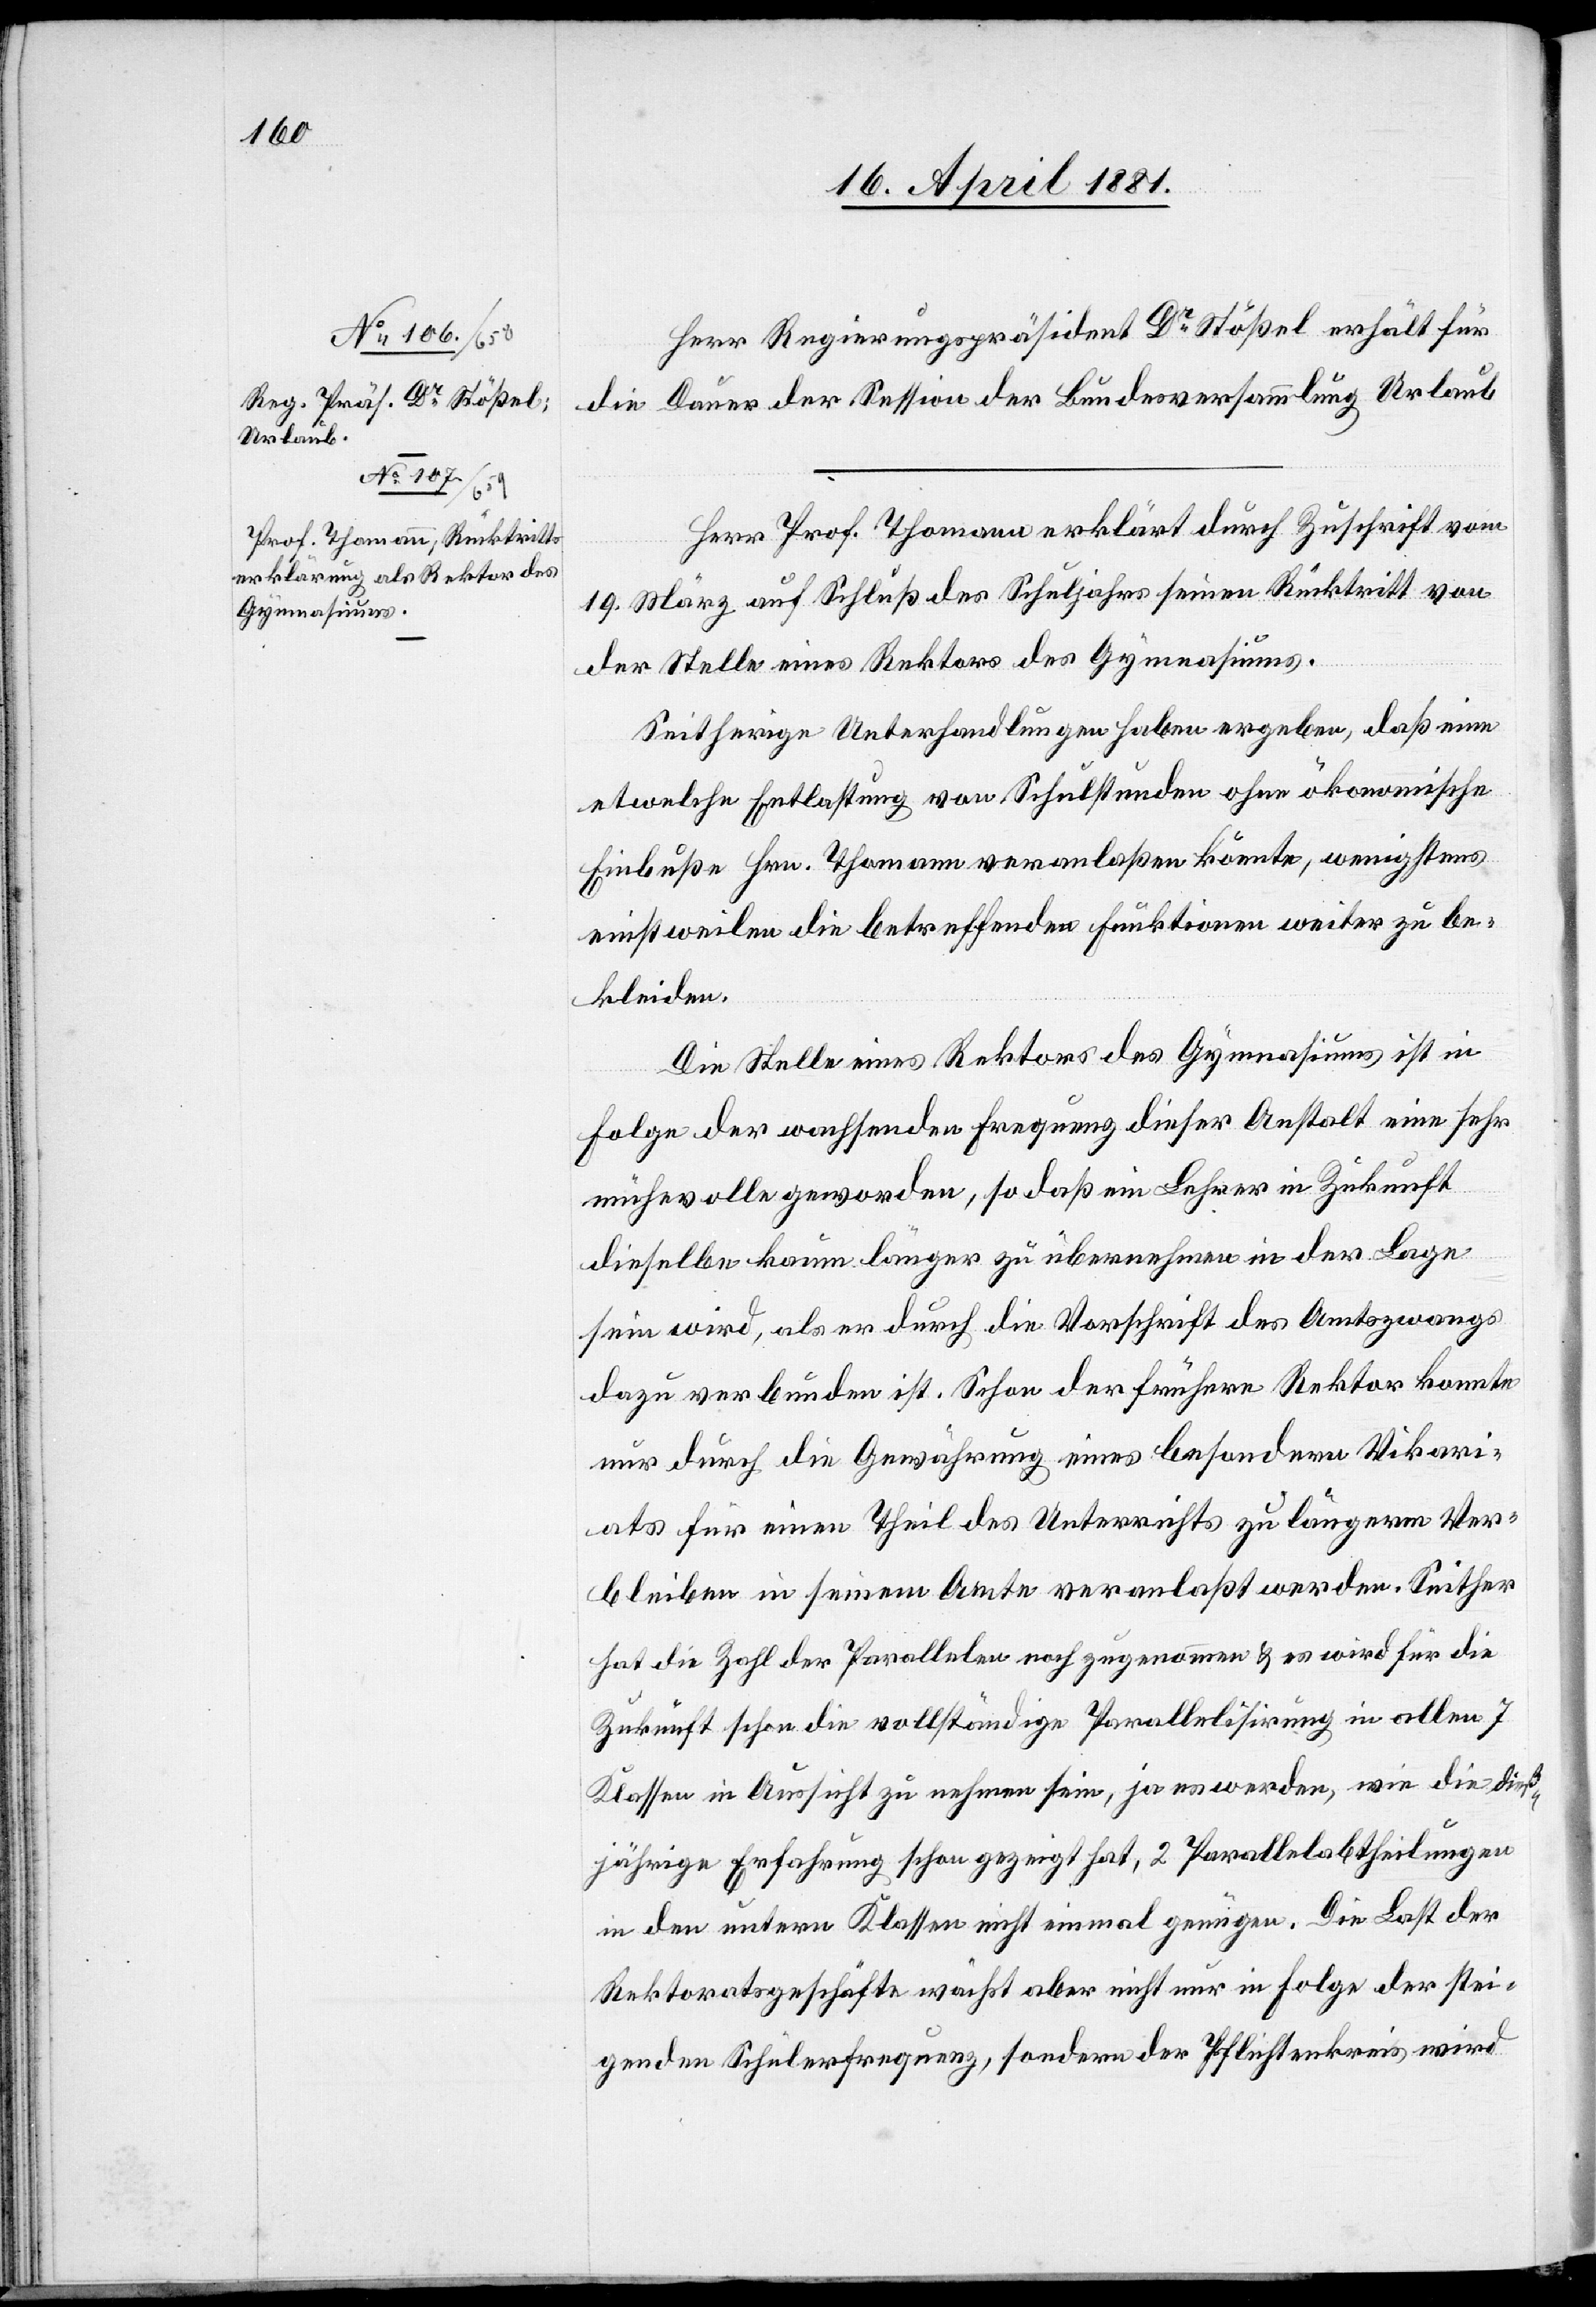
Herr Regierungspräsident Dr Stößel erhält für
die Dauer der Session der Bundesversammlung Urlaub.
Herr Prof. Thomann erklärt durch Zuschrift vom
19. März auf Schluß des Schuljahrs seinen Rücktritt von
der Stelle eines Rektors des Gymnasiums.
Seitherige Unterhandlungen haben ergeben, daß eine
etwelche Enthaltung von Schulstunden ohne ökonomische
Einbuße Hrn. Thomann veranlaßen könnte, wenigstens
einstweilen die betreffenden Funktionen weiter zu be¬
kleiden.
Die Stelle eines Rektors des Gymnasiums ist in
Folge der wachsenden Frequenz dieser Anstalt eine sehr
mühevolle geworden, so daß ein Lehrer in Zukunft
dieselbe kaum länger zu übernehmen in der Lage
sein wird, als er durch die Vorschrift des Amtszwangs
dazu verbunden ist. Schon der frühere Rektor konnte
nur durch die Gewährung eines besondern Vikari¬
ats für einen Theil des Unterrichts zu längerm Ver¬
bleiben in seinem Amte veranlaßt werden. Seither
hat die Zahl der Parallelen noch zugenommen & es wird für die
Zukunft schon die vollständige Parallelisirung in allen 7
Klassen in Aussicht zu nehmen sein, ja es werden, wie die dieß¬
jährige Erfahrung schon gezeigt hat, 2 Parallelabtheilungen
in den untern Klassen nicht einmal genügen. Die Last der
Rektoratsgeschäfte wächst aber nicht nur in Folge der stei¬
genden Schülerfrequenz, sondern der Pflichtenkreis wird